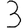
Digit: 3